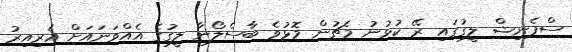
ސްޕެނިޝް ލީގުގައި ރޭ ކުޅުނު މެޗުން މޮޅުވެ ބާސެލޯނާ ލީގުގެ އެއްވަނައަށް އެރިއިރު